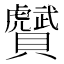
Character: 𧸾